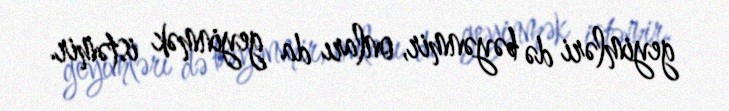
geyimləri də bəyənmir, onları da geyinmək istəmir.